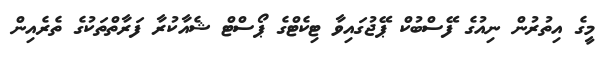
މީގެ އިތުރުން ނިއުގެ ފޭސްބުކް ޕޭޖުގައިވާ ޓިކެޓްގެ ޕޯސްޓް ޝެއާކުރާ ފަރާތްތަކުގެ ތެރެއިން